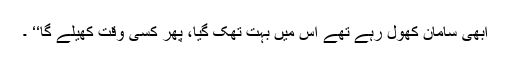
ابھی سامان کھول رہے تھے اس میں بہت تھک گیا، پھر کسی وقت کھیلے گا‘‘ ۔